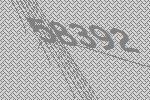
58392